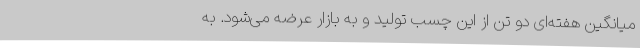
میانگین هفته‌ای دو تن از این چسب تولید و به بازار عرضه می‌شود. به